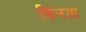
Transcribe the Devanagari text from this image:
विंनया